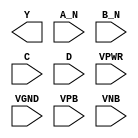
module sky130_fd_sc_hd__nand4bb (
    Y   ,
    A_N ,
    B_N ,
    C   ,
    D   ,
    VPWR,
    VGND,
    VPB ,
    VNB
);

    output Y   ;
    input  A_N ;
    input  B_N ;
    input  C   ;
    input  D   ;
    input  VPWR;
    input  VGND;
    input  VPB ;
    input  VNB ;
endmodule